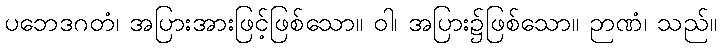
ပဘေဒဂတံ၊ အပြားအားဖြင့်ဖြစ်သော။ ဝါ၊ အပြား၌ဖြစ်သော။ ဉာဏံ၊ သည်။